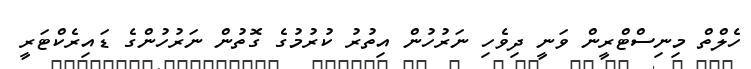
ހެލްތް މިނިސްޓްރީން ވަނީ ދިވެހި ނަރުހުން އިތުރު ކުރުމުގެ ގޮތުން ނަރުހުންގެ ޑައިރެކްޓަރީ